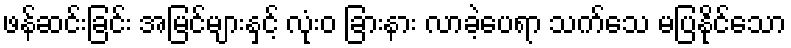
ဖန်ဆင်းခြင်း အမြင်များနှင့် လုံးဝ ခြားနား လာခဲ့ပေရာ သက်သေ မပြနိုင်သော